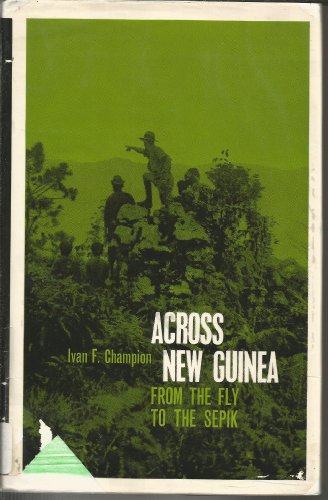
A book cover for Across New Guinea from the Fly to the Sepik; Ivan F Champion; Travel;